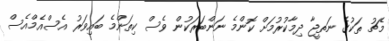
މެޗު ތަކުގެ ނަތީޖާ ދިމާކުރުމަށް ކޮންމެ ނަންބަރަކުން ވެސް ކިތަންމެ ބައިވަރު އެސްއެމްއެސް